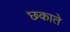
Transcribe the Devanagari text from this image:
छकाते